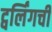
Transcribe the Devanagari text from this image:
ट्वर्लिंगची